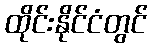
ထိုင်းနိုင်ငံတွင်